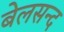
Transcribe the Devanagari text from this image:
बेलसन्द